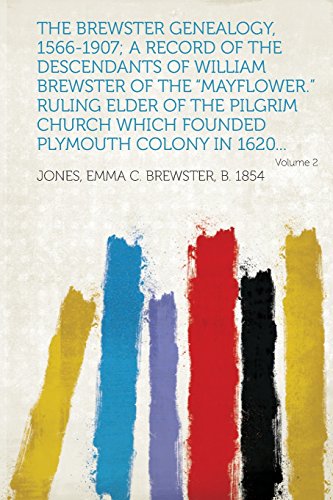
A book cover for The Brewster Genealogy, 1566-1907; A Record of the Descendants of William Brewster of the Mayflower. Ruling Elder of the Pilgrim Church Which Founded; Reference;